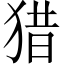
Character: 猎